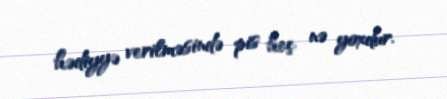
hədiyyə verilməsində pis heç nə yoxdur.